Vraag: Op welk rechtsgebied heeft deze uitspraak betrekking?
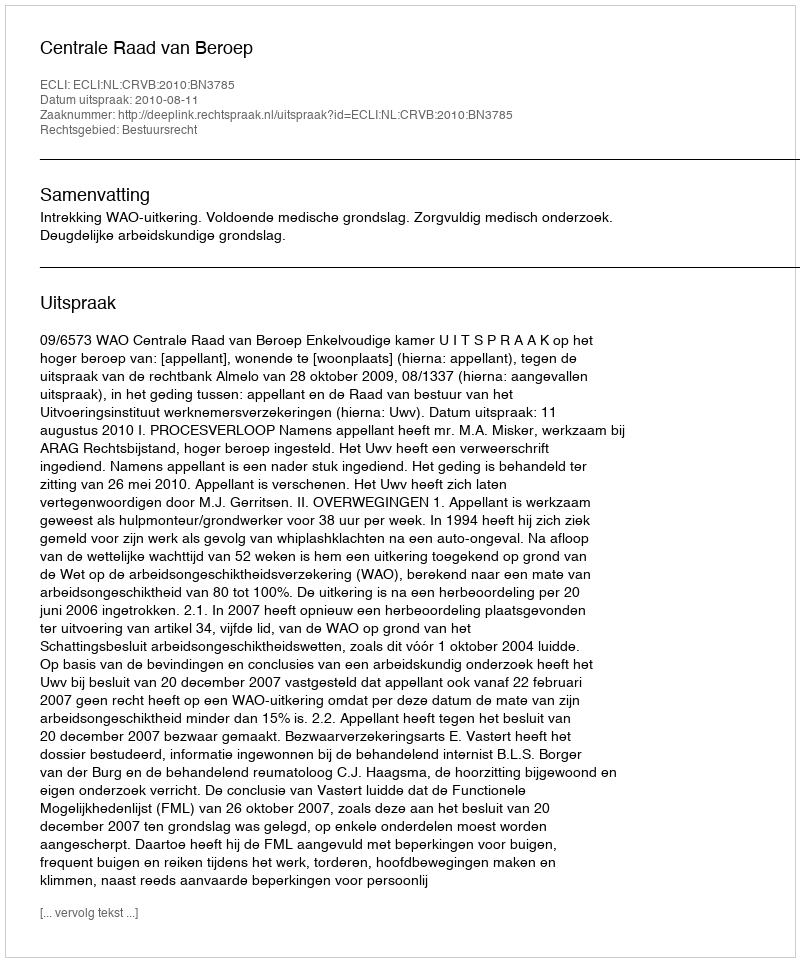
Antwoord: Bestuursrecht